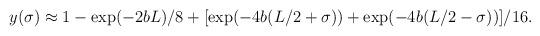
LaTeX: \begin{align*}y(\sigma)\approx 1-\exp (-2bL)/8+[\exp(-4b(L/2+\sigma))+\exp(-4b(L/2-\sigma))]/16. \end{align*}